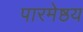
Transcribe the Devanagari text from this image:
पारमेष्ठय